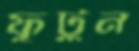
ফুটুন